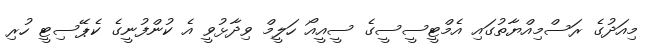
މިއަދުގެ ރަސްމިއްޔާތުގައި އެމްޓީސީސީގެ ސީއީއޯ ހަލީމް ވިދާޅުވީ އެ ކުންފުނީގެ ކެޕޭސިޓީ ހުރި